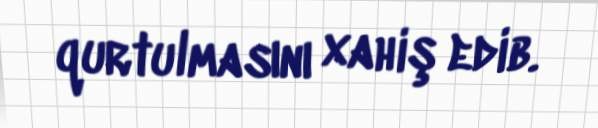
qurtulmasını xahiş edib.